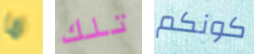
ما تلك كونكم